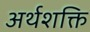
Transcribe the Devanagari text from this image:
अर्थशक्ति